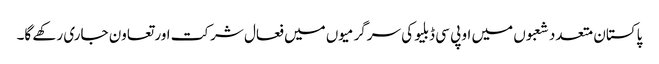
پاکستان متعدد شعبوں میں او پی سی ڈبلیو کی سرگرمیوں میں فعال شرکت اور تعاون جاری رکھے گا۔